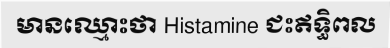
មានឈ្មោះថា Histamine ជះឥទ្ធិពល